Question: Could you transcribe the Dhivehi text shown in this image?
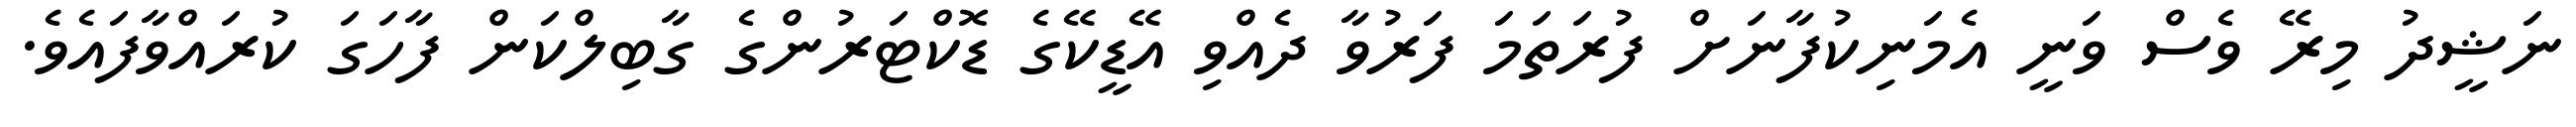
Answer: ނަޝީދު މިރޭ ވެސް ވަނީ އެމަނިކުފާނަށް ފުރަތަމަ ފަރުވާ ދެއްވި އޭޑީކޭގެ ޑޮކްޓަރުންގެ ގާބިލްކަން ފާހަގަ ކުރައްވާފައެވެ.